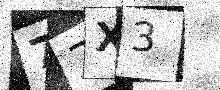
Text: 77X3